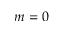
m = 0